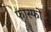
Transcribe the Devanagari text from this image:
फास्‍फो